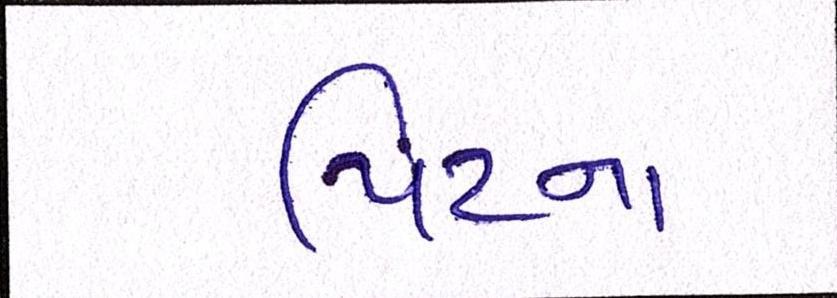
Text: પિટના